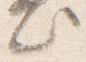
此